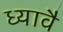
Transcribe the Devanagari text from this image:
ध्यावै